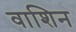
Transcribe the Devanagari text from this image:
वाशिन